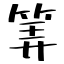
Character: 筭